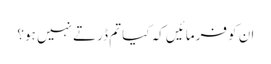
ان کو فرمائیں کہ کیا تم ڈرتے نہیں ہو؟